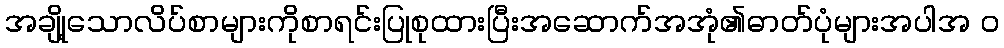
အချို့သောလိပ်စာများကိုစာရင်းပြုစုထားပြီးအဆောက်အအုံ၏ဓာတ်ပုံများအပါအ ၀